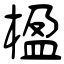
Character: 楹